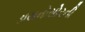
ડાયનોસોરની